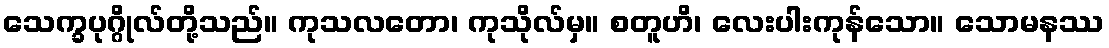
သေက္ခပုဂ္ဂိုလ်တို့သည်။ ကုသလတော၊ ကုသိုလ်မှ။ စတူဟိ၊ လေးပါးကုန်သော။ သောမနဿ